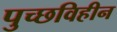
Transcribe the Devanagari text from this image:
पुच्छविहीन